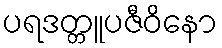
ပရဒတ္တူပဇီဝိနော